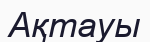
Ақтауы